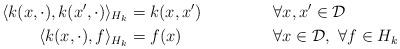
LaTeX: \begin{align*} \langle k(x,\cdot),k(x',\cdot)\rangle_{H_k} &= k(x,x') &&\forall x,x' \in \mathcal{D} \\ \langle k(x,\cdot),f\rangle_{H_k} &= f(x) &&\forall x \in \mathcal{D}, \ \forall f \in H_k \end{align*}